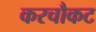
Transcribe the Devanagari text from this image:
करचौकट